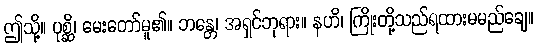
ဤသို့။ ပုစ္ဆိ၊ မေးတော်မူ၏။ ဘန္တေ၊ အရှင်ဘုရား။ နဟိ၊ ကြိုးတို့သည်ရထားမမည်ချေ။